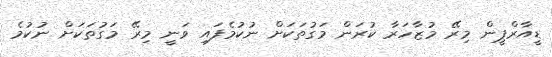
ޑީއާރްޕީން މިރޭ މުޒާހަރާ ކުރަން މަގުތަކަށް ނުކުމެފައި ވަނީ މިރޭ މަގުތަކަށް ނުކުމެ